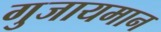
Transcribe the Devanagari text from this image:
गुजायमान